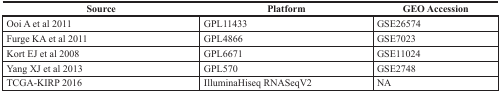
| Source | Platform | GEO Accession |
 | --- | --- | --- |
 | Ooi A et al 2011 | GPL11433 | GSE26574 |
 | Furge KA et al 2011 | GPL4866 | GSE7023 |
 | Kort EJ et al 2008 | GPL6671 | GSE11024 |
 | Yang XJ et al 2013 | GPL570 | GSE2748 |
 | TCGA-KIRP 2016 | IlluminaHiseq RNASeqV2 | NA |